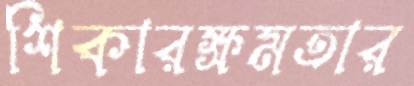
শিকারক্ষমতার